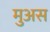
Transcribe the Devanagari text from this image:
मुअस